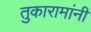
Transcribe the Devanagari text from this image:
तुकारामांनीं